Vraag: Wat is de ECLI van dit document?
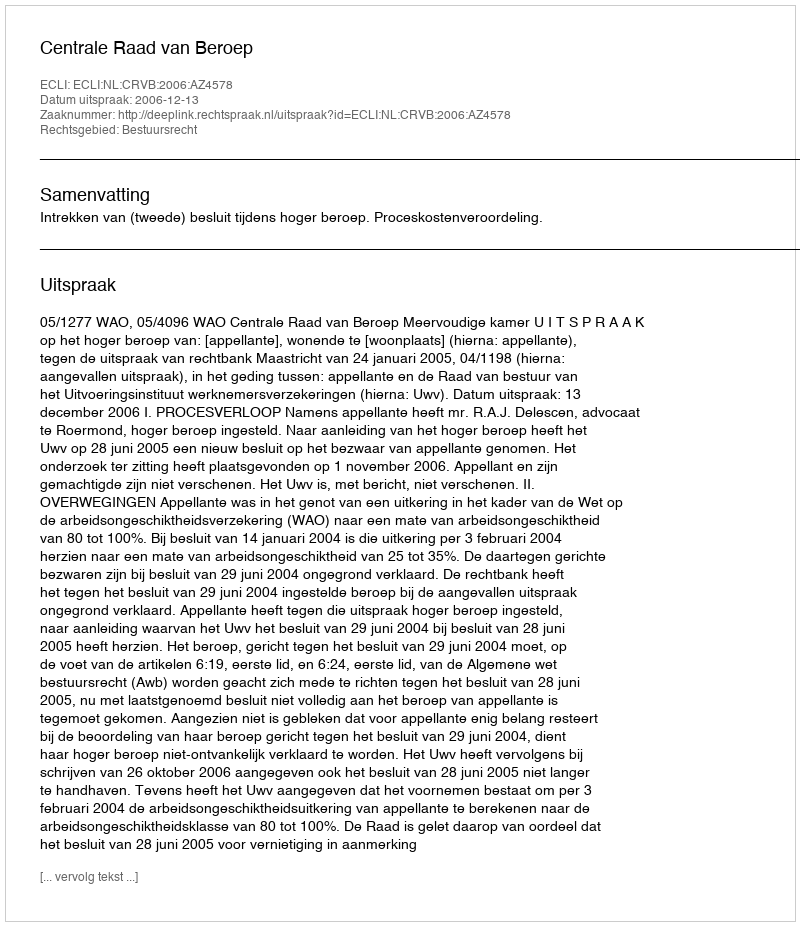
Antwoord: ECLI:NL:CRVB:2006:AZ4578